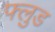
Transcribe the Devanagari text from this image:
फ्लुड